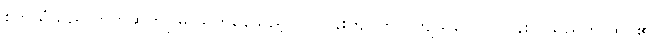
စက်သံသည် တိတ်ဆိတ်ငြိမ် သက်နေသည့် ပတ်ဝန်းကျင်တွင် ကျယ်လောင်လွန်းလှသည်ဟု ထင်၏။